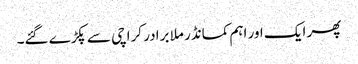
پھر ایک اور اہم کمانڈر ملا برادر کراچی سے پکڑے گئے۔